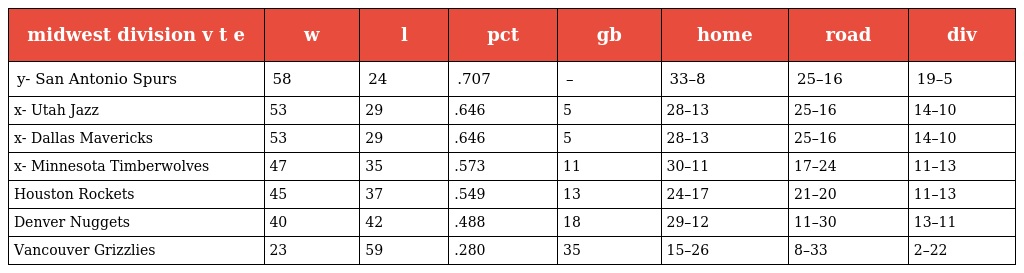
| midwest division v t e | w | l | pct | gb | home | road | div |
 | --- | --- | --- | --- | --- | --- | --- | --- |
 | y- San Antonio Spurs | 58 | 24 | .707 | – | 33–8 | 25–16 | 19–5 |
 | x- Utah Jazz | 53 | 29 | .646 | 5 | 28–13 | 25–16 | 14–10 |
 | x- Dallas Mavericks | 53 | 29 | .646 | 5 | 28–13 | 25–16 | 14–10 |
 | x- Minnesota Timberwolves | 47 | 35 | .573 | 11 | 30–11 | 17–24 | 11–13 |
 | Houston Rockets | 45 | 37 | .549 | 13 | 24–17 | 21–20 | 11–13 |
 | Denver Nuggets | 40 | 42 | .488 | 18 | 29–12 | 11–30 | 13–11 |
 | Vancouver Grizzlies | 23 | 59 | .280 | 35 | 15–26 | 8–33 | 2–22 |